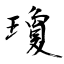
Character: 瓊